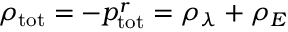
\rho _ { \mathrm { t o t } } = - p _ { \mathrm { t o t } } ^ { r } = \rho _ { \lambda } + \rho _ { E }